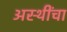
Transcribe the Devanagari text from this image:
अस्थींचा